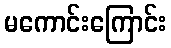
မကောင်းကြောင်း